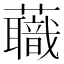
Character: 蘵